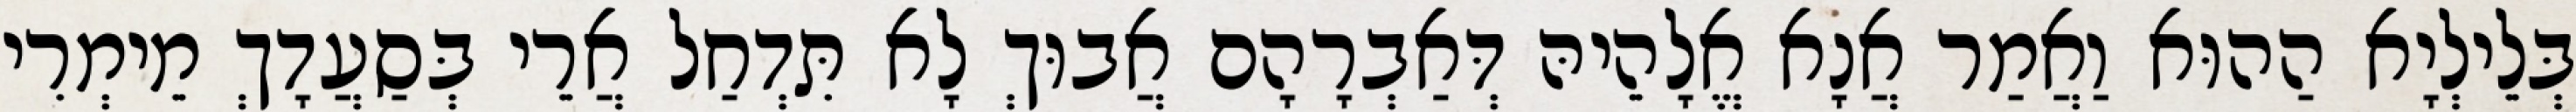
בְּלֵילְיָא הַהוּא וַאֲמַר אֲנָא אֱלָהֵיהּ דְּאַבְרָהָם אֲבוּךְ לָא תִּדְחַל אֲרֵי בְּסַעֲדָךְ מֵימְרִי